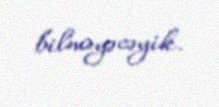
bilməyəcəyik.